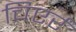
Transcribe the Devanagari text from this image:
चिएर्र